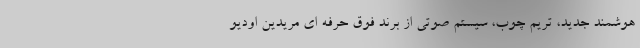
هوشمند جدید، تریم چوب، سیستم صوتی از برند فوق حرفه ای مریدین اودیو